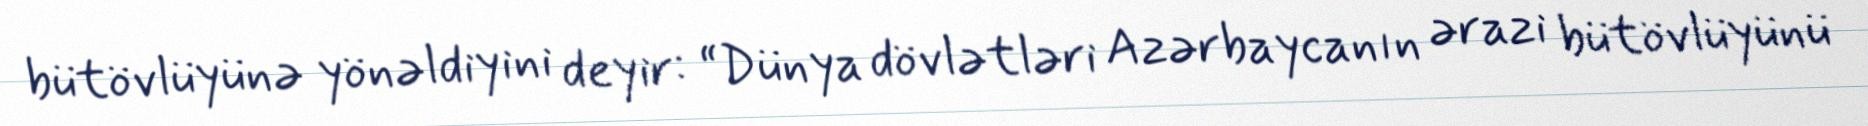
bütövlüyünə yönəldiyini deyir: “Dünya dövlətləri Azərbaycanın ərazi bütövlüyünü